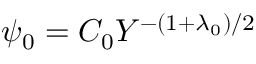
\psi _ { 0 } = C _ { 0 } Y ^ { - ( 1 + \lambda _ { 0 } ) / 2 }